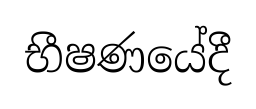
භීෂණයේදී